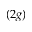
( 2 g )